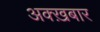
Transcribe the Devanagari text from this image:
अक्ख़बार